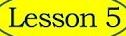
Lesson 5